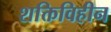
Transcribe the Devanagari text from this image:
शक्तिविहीन